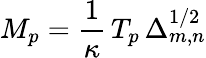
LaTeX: M_{p}=\frac{1}{\kappa}\, T_{p}\, \Delta_{m,n}^{1/2}